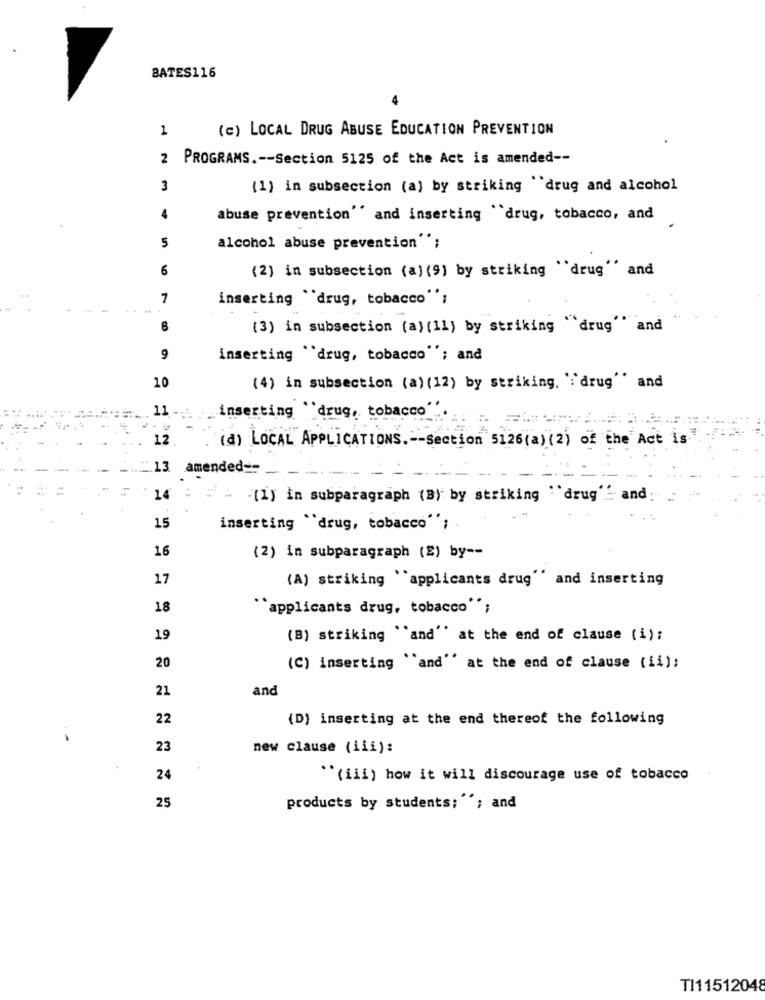
BATES116
1
(c) LOCAL DRUG ABUSE EDUCATION PREVENTION
2 PROGRAMS .-- Section 5125 of the Act is amended --
3
(1) in subsection (a) by striking drug and alcohol
4
abuse prevention'' and inserting "drug, tobacco, and
5
alcohol abuse prevention"";
6
(2) in subsection (a) (9) by striking "drug'' and
7
inserting "drug, tobacco"';
(3) in subsection (a) (11) by striking "drug'' and
9
inserting "drug, tobacco""; and
10
(4) in subsection (a) (12) by striking. ':'drug'' and
11
inserting ''drug, tobacco"
12
(d) LOCAL APPLICATIONS .-- Section 5126(a) (2) of the Act is
13
amended ==
14
. : (1) in subparagraph (B) by striking drug" and
15
inserting "drug, tobacco"';
16
(2) in subparagraph (E) by --
17
(A) striking "applicants drug'' and inserting
18
"applicants drug, tobacco";
19
(B) striking "and'' at the end of clause (i);
20
(C) inserting "'and'' at the end of clause (ii);
21
and
22
(D) inserting at the end thereof the following
23
new clause (iii):
24
"(iii) how it will discourage use of tobacco
25
products by students; "'; and
TI11512048